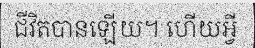
ជីវិតបានឡើយ។ ហើយអ្វី